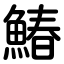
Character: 鰆